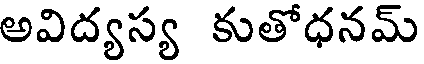
అవిద్యస్య కుతోధనమ్